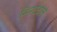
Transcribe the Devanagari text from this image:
मिनटवाले